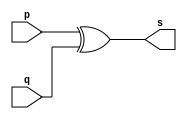

// ---------------------
// Exemplo0005 - xor
// Nome: Luiz marques de olveira
// ---------------------
// ---------------------
// -- xor gate
// ---------------------
module xorgate (output [0:3] s,input  [0:3] p, input  [0:3] q);
assign s = p ^ q;
endmodule // xor
// ---------------------
// -- test xorgate
// ---------------------
module testxorgate;
// ------------------------- dados locais
   reg  [0:3] a,b; // definir registrador
wire [0:3] s;   // definir conexao (fio)
// ------------------------- instancia
   xorgate XOR1 (s, a, b);// ------------------------- preparacao
   initial begin:start
      a=4'b0011;   // 4 valores binarios
b=4'b0101;   // 4 valores binarios
   end
// ------------------------- parte principal
   initial begin:main
      $display("Exemplo0005 - Luiz Marques de olveira");
      $display("Test xor gate");
$display("\n  a     ^    b    =     s\n");
      $monitor("%b ^ %b = %b", a, b, s);
  #1  a=0; b=0; // valores decimais
  #1  a=4'b0010; b=4'b0001; // valores binarios
  #1  a=4'd1;    b=3; // decimal e decimal
  #1  a=4'o5;    b=2; // octal   e decimal
  #1  a=4'hA;    b=3; // hexadecimal e decimal
  #1  a=4'h9;    b=4'o3; // hexadecimal e octal
end
endmodule // testxorgat